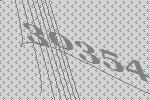
30354